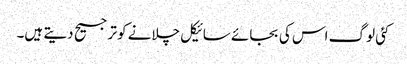
کئی لوگ اس کی بجائے سائیکل چلانے کو ترجیح دیتے ہیں۔